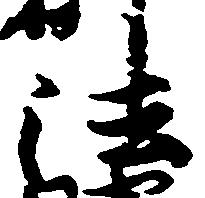
法